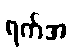
ရက်အ